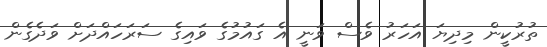
ތުރުކީން މިދިޔަ އަހަރު ވެސް ވަނީ އެ ގައުމުގެ ވައިގެ ސަރަހައްދަށް ވަދެގެން